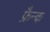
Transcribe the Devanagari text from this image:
फ्रैन्क